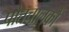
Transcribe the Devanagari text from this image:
पोतचालकों